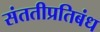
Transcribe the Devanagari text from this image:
संततीप्रतिबंध